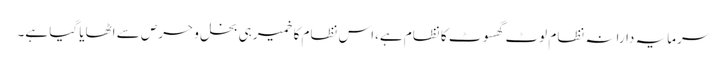
سرمایہ دارانہ نظام لوٹ گھسوٹ کا نظام ہے،اس نظام کا خمیر ہی بخل و حرص سے اٹھایا گیا ہے۔